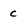
Character: C